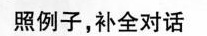
照例子,补全对话